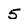
Character: 5